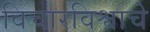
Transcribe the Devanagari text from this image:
विचारविश्वाचे